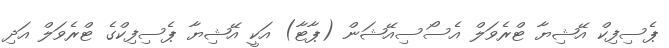
ޕެސިފިކް އޭޝިޔާ ޓްރެވަލް އެސޯސިއޭޝަން (ޕާޓާ) އަކީ އޭޝިޔާ ޕެސިފިކްގެ ޓްރެވަލް އަދި